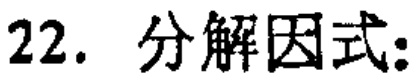
22. 分解因式：